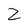
Character: Z